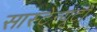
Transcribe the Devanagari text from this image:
सास्टेन्यूटो